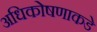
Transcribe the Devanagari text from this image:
अधिकोषणाकडे